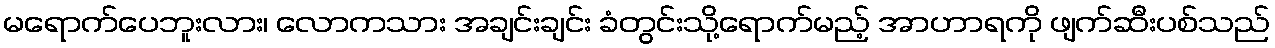
မရောက်ပေဘူးလား၊ လောကသား အချင်းချင်း ခံတွင်းသို့ရောက်မည့် အာဟာရကို ဖျက်ဆီးပစ်သည်